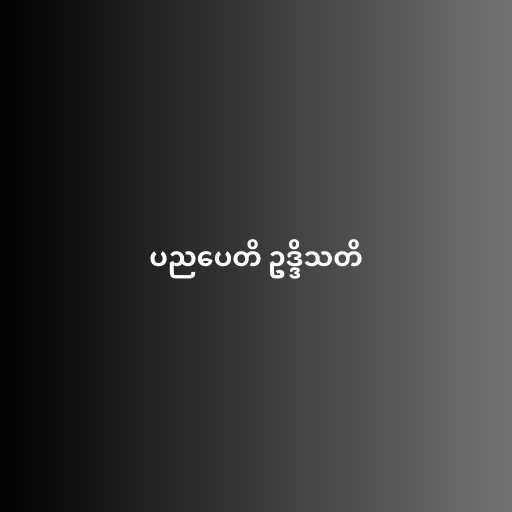
ပညပေတိ ဥဒ္ဒိသတိ